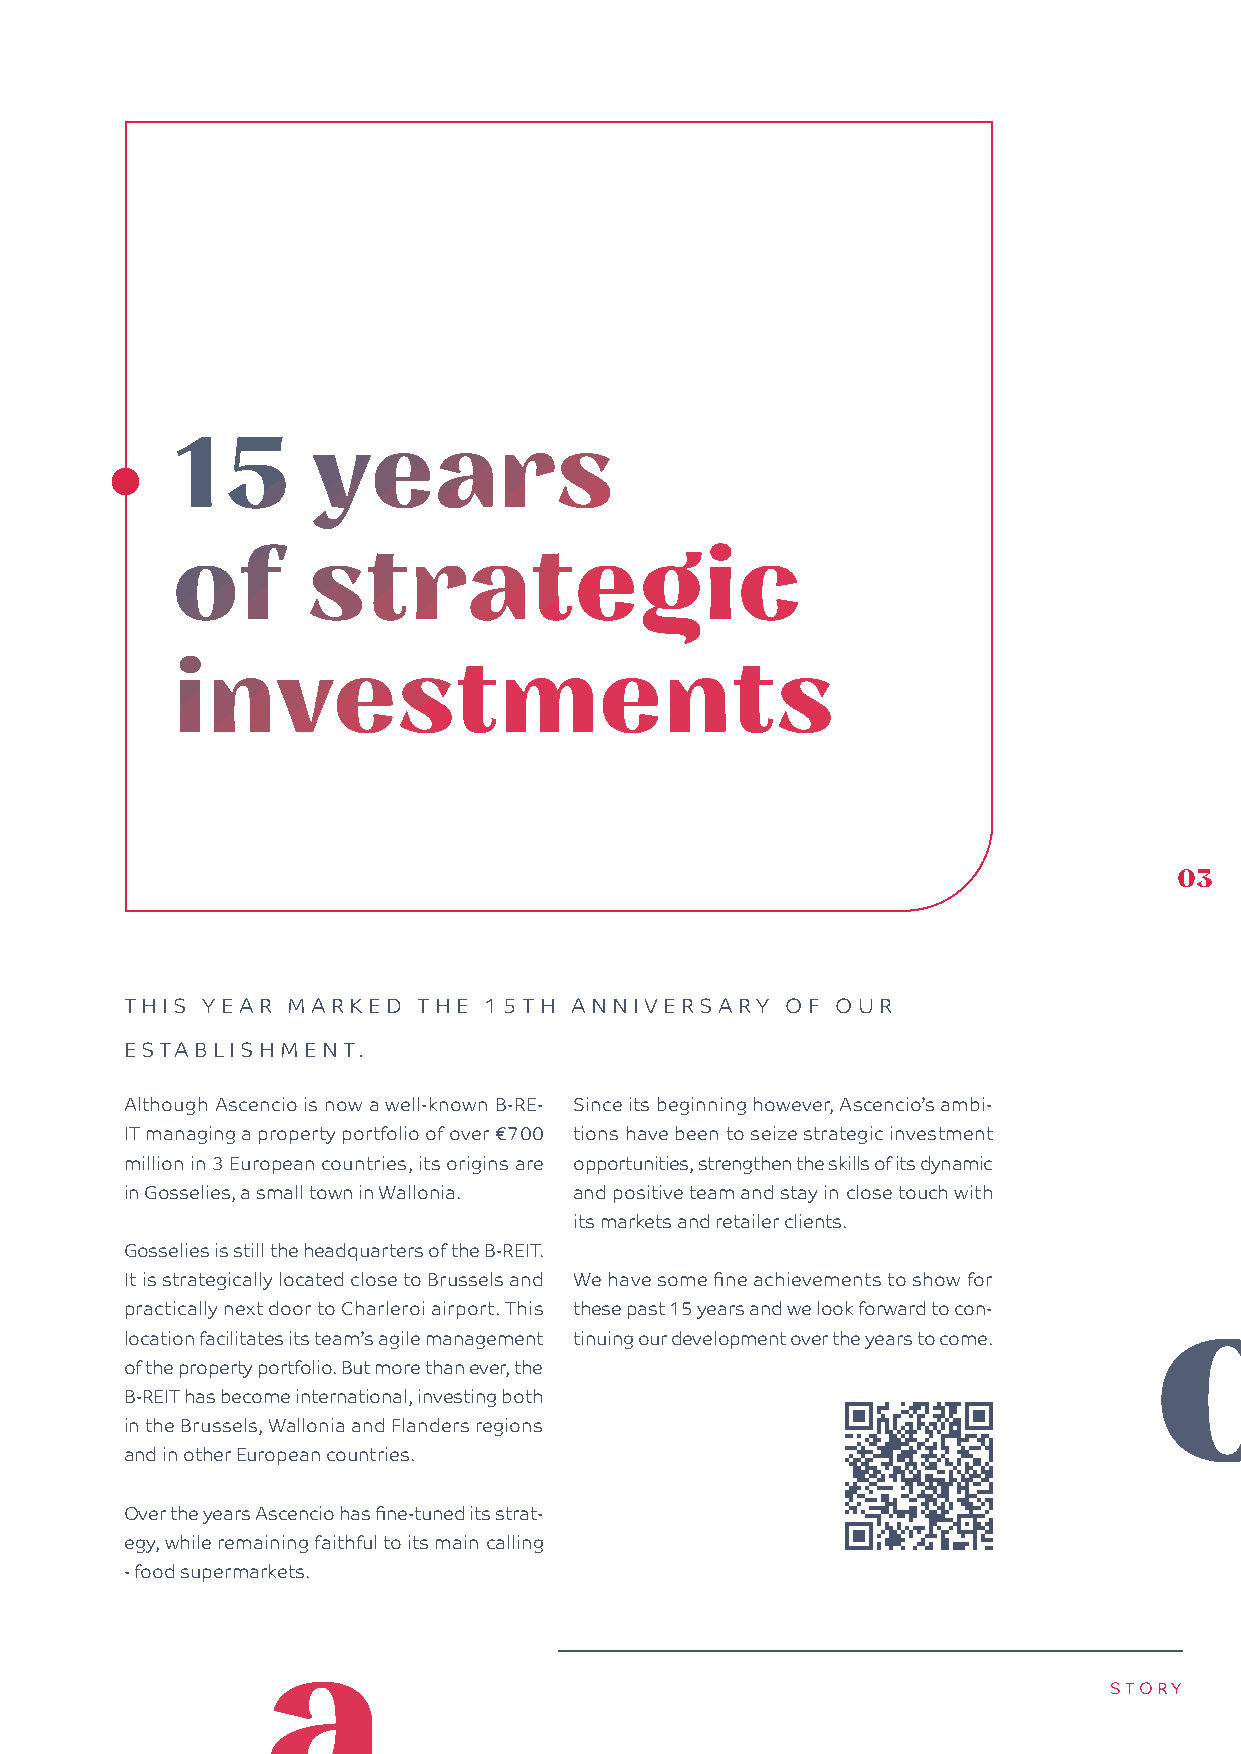
15        years
 of       strategic
 investments
 03
 THIS YEAR  MARKED   THE 15TH  ANNIVERSARY   OF OUR
 ESTABLISHMENT.
 Although Ascencio is now a well-known B-RE- Since its beginning however, Ascencio’s ambi-
 IT managing a property portfolio of over €700 tions have been to seize strategic investment
 million in 3 European countries, its origins are opportunities, strengthen the skills of its dynamic
 in Gosselies, a small town in Wallonia. and positive team and stay in close touch with
 its markets and retailer clients.
 Gosselies is still the headquarters of the B-REIT.
 It is strategically located close to Brussels and We have some fine achievements to show for
 practically next door to Charleroi airport. This these past 15 years and we look forward to con-
 location facilitates its team’s agile management tinuing our development over the years to come.
 of the property portfolio. But more than ever, the
 B-REIT has become international, investing both
 in the Brussels, Wallonia and Flanders regions
 and in other European countries.
 Over the years Ascencio has fine-tuned its strat-
 egy, while remaining faithful to its main calling
 - food supermarkets.
 STORY